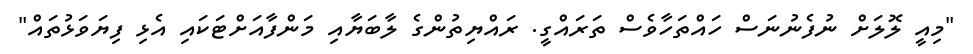
"މިއީ ލޮލަށް ނުފެނުނަސް ހައްތަހާވެސް ތަރައްގީ. ރައްޔިތުންގެ ލާބަޔާއި މަންފާއަށްޓަކައި އެޅި ފިޔަވަޅުތައް"